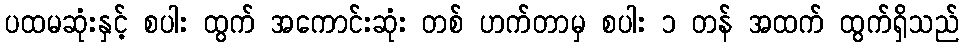
ပထမဆုံးနှင့် စပါး ထွက် အကောင်းဆုံး တစ် ဟက်တာမှ စပါး ၁ တန် အထက် ထွက်ရှိသည်